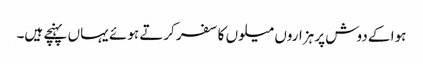
ہوا کے دوش پر ہزاروں میلوں کا سفر کرتے ہوئے یہاں پہنچے ہیں۔